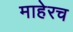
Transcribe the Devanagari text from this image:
माहेरच